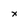
Character: x